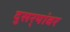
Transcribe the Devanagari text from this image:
दुसर्‍यांवर